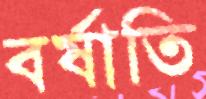
বর্ষাতি